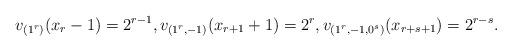
LaTeX: \begin{align*}v_{(1^r)}(x_r-1) = 2^{r-1},v_{(1^r,-1)}(x_{r+1}+1) = 2^{r},v_{(1^r,-1,0^s)}(x_{r+s+1}) = 2^{r-s}.\end{align*}